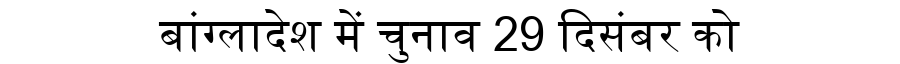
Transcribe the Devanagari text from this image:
बांग्लादेश में चुनाव 29 दिसंबर को